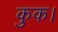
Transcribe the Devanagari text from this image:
कुक।